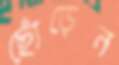
ছোঁড়েন